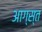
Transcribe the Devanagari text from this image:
आग्स्त